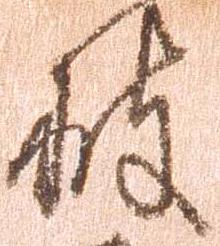
披